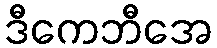
ဒီကေဘီအေ